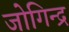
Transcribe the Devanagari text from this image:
जोगिन्द्र